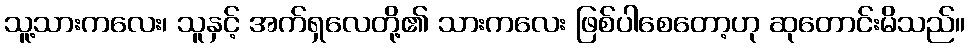
သူ့သားကလေး၊ သူနှင့် အက်ရှလေတို့၏ သားကလေး ဖြစ်ပါစေတော့ဟု ဆုတောင်းမိသည်။